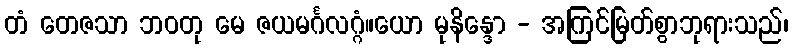
တံ တေဇသာ ဘဝတု မေ ဇယမင်္ဂလဂ္ဂံ။ယော မုနိန္ဒော - အကြင်မြတ်စွာဘုရားသည်၊